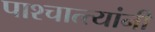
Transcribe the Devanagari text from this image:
पाश्चात्त्यांनी